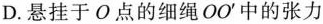
D.悬挂于O点的细绳OO^{\prime}中的张力